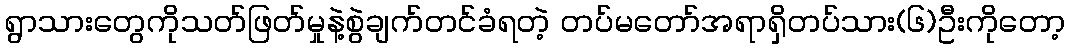
ရွာသားတွေကိုသတ်ဖြတ်မှုနဲ့စွဲချက်တင်ခံရတဲ့ တပ်မတော်အရာရှိတပ်သား(၆)ဦးကိုတော့